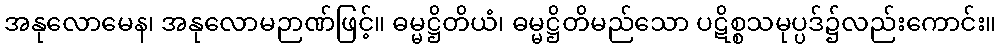
အနုလောမေန၊ အနုလောမဉာဏ်ဖြင့်။ ဓမ္မဋ္ဌိတိယံ၊ ဓမ္မဋ္ဌိတိမည်သော ပဋိစ္စသမုပ္ပဒ်၌လည်းကောင်း။